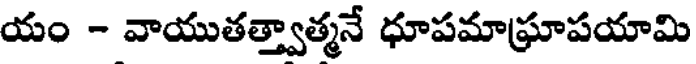
యం - వాయుతత్త్వాత్మనే ధూపమాఘ్రాపయామి